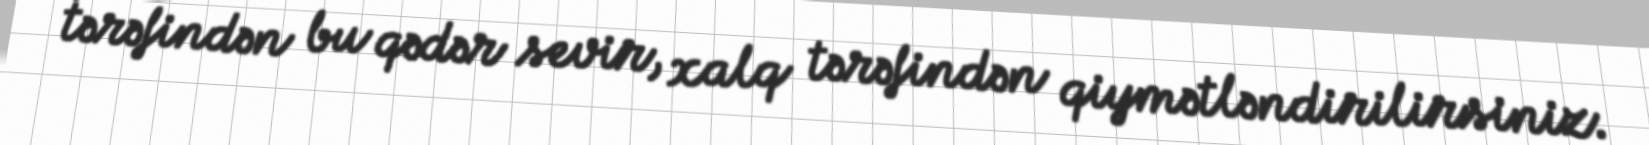
tərəfindən bu qədər sevir, xalq tərəfindən qiymətləndirilirsiniz.